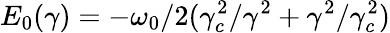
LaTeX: E_{0}(\gamma)=-\omega_{0}/2(\gamma_{c}^{2}/\gamma^{2}+\gamma^{2}/\gamma_{c}^{2})